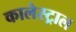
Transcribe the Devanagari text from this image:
कालेस्ट्राल